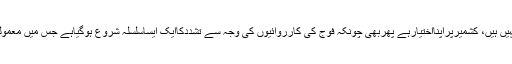
کشمیری عوام اس کی ترجیح نہیں ہیں، کشمیرپراپنااختیارہے پھربھی چونکہ فوج کی کارروائیوں کی وجہ سے تشددکاایک ایساسلسلہ شروع ہوگیاہے جس میں معمولی لوگ اپنی جان گنوارہے ہیں۔